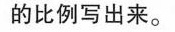
的比例写出来。